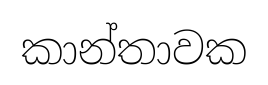
කාන්තාවක